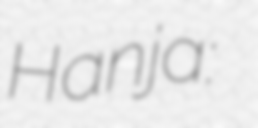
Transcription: Hanja: 淸州